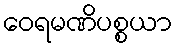
ဝေရမဏိပစ္စယာ